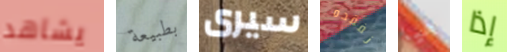
يشاهد بطبيعة سيرى نفقده هيا إذا